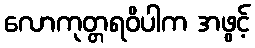
လောကုတ္တရဝိပါက အဖွင့်